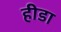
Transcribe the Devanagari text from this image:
हीडा